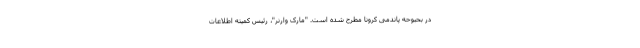
در بحبوحه پاندمی کرونا مطرح شده است. "مارک وارنر"، رئیس کمیته اطلاعات